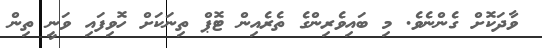
ވާދަކޮށް ގެންނެވެ. މި ބައިވެރިންގެ ތެރެއިން ޓޮޕް ތިނަކަށް ހޮވިފައި ވަނީ ތިން